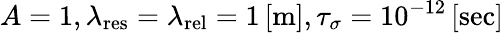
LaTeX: A=1,\lambda_{\mathrm{{res}}}=\lambda_{\mathrm{{rel}}}=1\left[\mathrm{{m}}\right],\tau_{\sigma}=10^{-12}\left[\mathrm{{sec}}\right]